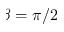
\beta = \pi / 2